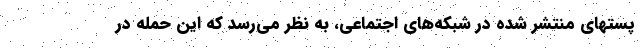
پستهای منتشر شده در شبکه‌های اجتماعی، به نظر می‌رسد که این حمله در